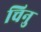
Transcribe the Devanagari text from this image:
चिनु